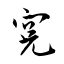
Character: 冤